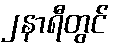
၂နာရီတွင်